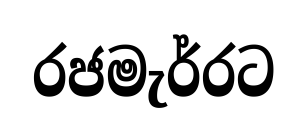
රජමැර්රට